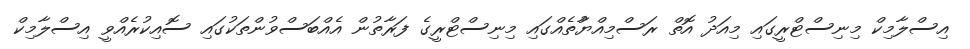
އިސްލާމިކް މިނިސްޓްރީގައި މިއަދު އޮތް ރަސްމިއްޔުާތެއްގައި މިނިސްޓްރީގެ ފަރާތުން އެއްބަސްވުންތަކުގައި ސޮއިކުރެއްވީ އިސްލާމިކް